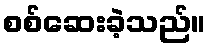
စစ်ဆေးခဲ့သည်။